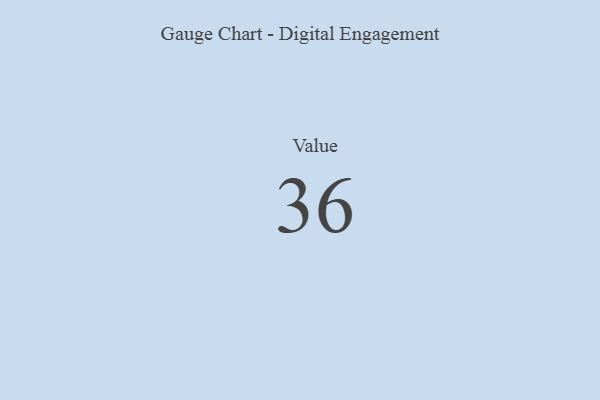
{"axis": {"x": "Metric", "y": "Value"}, "legend": [""], "data": [{"x": "Value", "y": 36, "type": ""}]}